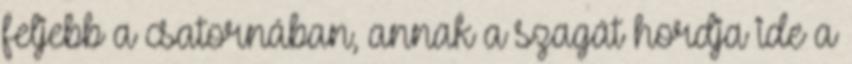
feljebb a csatornában, annak a szagát hordja ide a